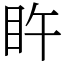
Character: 𥄭